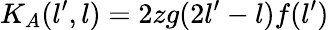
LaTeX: K_{A}(l^{\prime},l)=2zg(2l^{\prime}-l)f(l^{\prime})